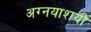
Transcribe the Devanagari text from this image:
अग्नयाशयी